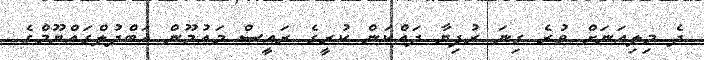
ދެ މިލިއަނަށް ވުރެ ގިނަ ރުފިޔާ ދައްކަން ކުރީގެ ރައީސް މައުމޫން އަބްދުލްގައްޔޫމްގެ